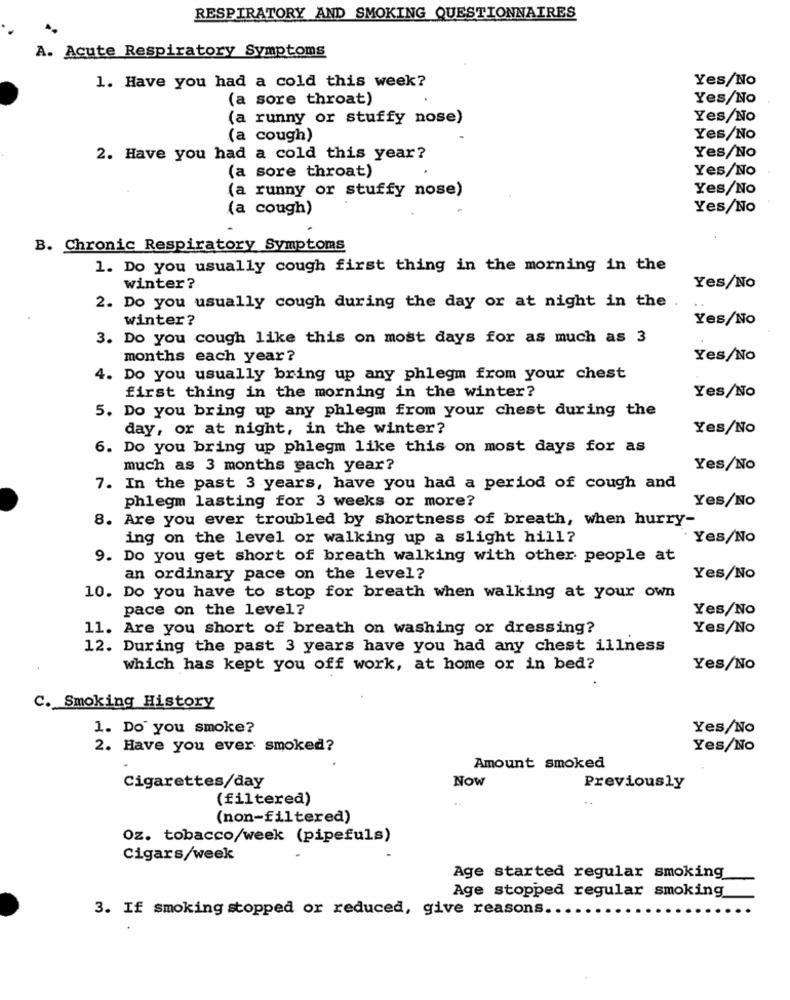
RESPIRATORY AND SMOKING QUESTIONNAIRES
A. Acute Respiratory Symptoms
1. Have you had a cold this week?
Yes/No
(a sore throat)
Yes/No
(a runny or stuffy nose)
Yes/No
(a cough)
Yes/No
2. Have you had a cold this year?
Yes/No
Yes/No
(a sore throat)
(a runny or stuffy nose)
Yes/No
(a cough)
Yes/No
B. Chronic Respiratory Symptoms
1. Do you usually cough first thing in the morning in the
winter?
Yes/No
2. Do you usually cough during the day or at night in the
winter?
Yes/No
3. Do you cough like this on most days for as much as 3
months each year?
Yes/No
4. Do you usually bring up any phlegm from your chest
first thing in the morning in the winter?
Yes/No
5. Do you bring up any phlegm from your chest during the
day, or at night, in the winter?
Yes/No
6. Do you bring up phlegm like this on most days for as
much as 3 months each year?
Yes/No
7. In the past 3 years, have you had a period of cough and
phlegm lasting for 3 weeks or more?
Yes/No
8. Are you ever troubled by shortness of breath, when hurry-
ing on the level or walking up a slight hill?
Yes/No
9. Do you get short of breath walking with other people at
an ordinary pace on the level?
Yes/No
10. Do you have to stop for breath when walking at your own
pace on the level?
Yes/No
11. Are you short of breath on washing or dressing?
Yes/No
12. During the past 3 years have you had any chest illness
which has kept you off work, at home or in bed?
Yes/No
C. Smoking History
1. Do you smoke?
Yes/No
2. Have you ever smoked?
Yes/No
Amount smoked
Now
Cigarettes/day
Previously
(filtered)
(non-filtered)
Oz. tobacco/week (pipefuls)
Cigars/week
Age started regular smoking
Age stopped regular smoking
3. If smoking stopped or reduced, give reasons.